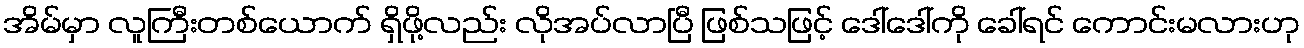
အိမ်မှာ လူကြီးတစ်ယောက် ရှိဖို့လည်း လိုအပ်လာပြီ ဖြစ်သဖြင့် ဒေါ်ဒေါ်ကို ခေါ်ရင် ကောင်းမလားဟု